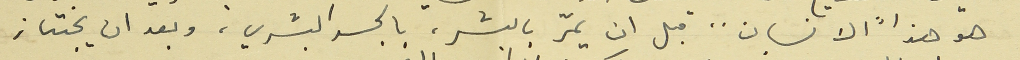
هو هذا "الانسان" قبل ان يمرّ بالبشر، بالجسد البشري،وبعد ان يجتاز